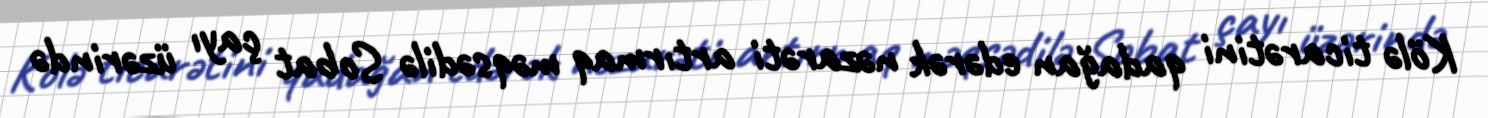
Kölə ticarətini qadağan edərək nəzarəti artırmaq məqsədilə Sobat çayı üzərində